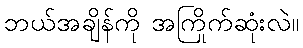
ဘယ်အချိန်ကို အကြိုက်ဆုံးလဲ။